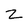
Character: Z